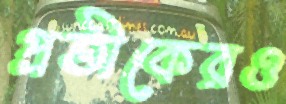
প্রতীকেরও